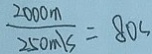
\frac { 2 0 0 0 m } { 2 5 0 m / s } = 8 0 s